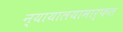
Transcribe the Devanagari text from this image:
न्यायालयामार्फत